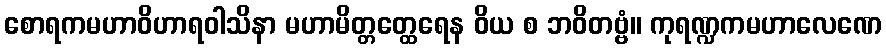
စောရကမဟာဝိဟာရဝါသိနာ မဟာမိတ္တတ္ထေရေန ဝိယ စ ဘဝိတဗ္ဗံ။ ကုရဏ္ဍကမဟာလေဏေ